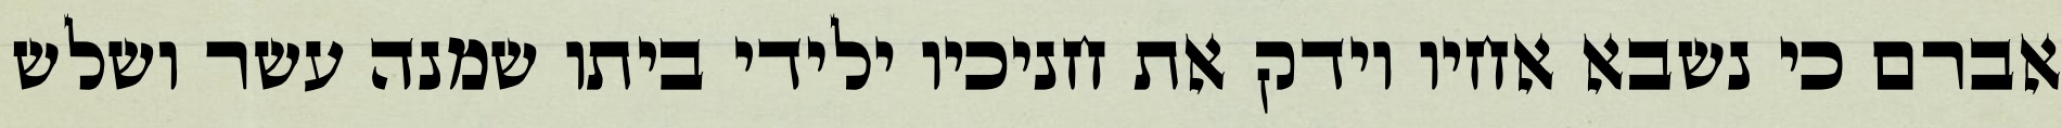
אברם כי נשבא אחיו וידק את חניכיו ילידי ביתו שמנה עשר ושלש